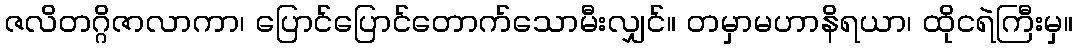
ဇလိတဂ္ဂိဇာလာကာ၊ ပြောင်ပြောင်တောက်သောမီးလျှင်။ တမှာမဟာနိရယာ၊ ထိုငရဲကြီးမှ။